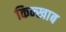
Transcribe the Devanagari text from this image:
किन्खाब